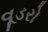
વૂડરો